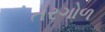
તરગોળ